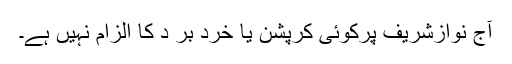
آج نوازشریف پرکوئی کرپشن یا خرد بر د کا الزام نہیں ہے۔